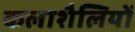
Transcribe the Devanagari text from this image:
कलाशैलियों